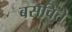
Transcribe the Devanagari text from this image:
बसविते